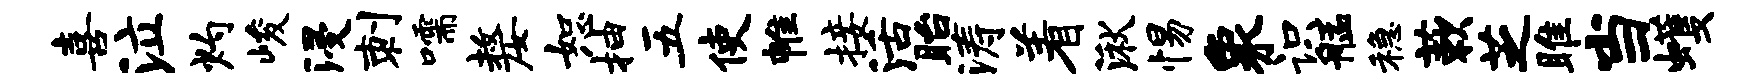
喜泣灼峻浸刺嚅嫠恕抽五使帷接活眙涛着湫惕象识艋稳蔌芝雎当蠖